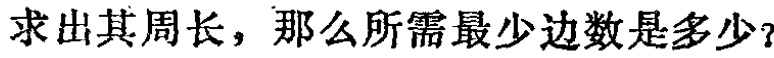
求出其周长，那么所需最少边数是多少？